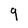
Character: 9